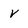
Character: V